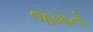
જખોની